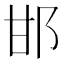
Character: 邯